Civil Veterinary Department Bengal reports 1923-33 - 1923-1933
Year: 1923
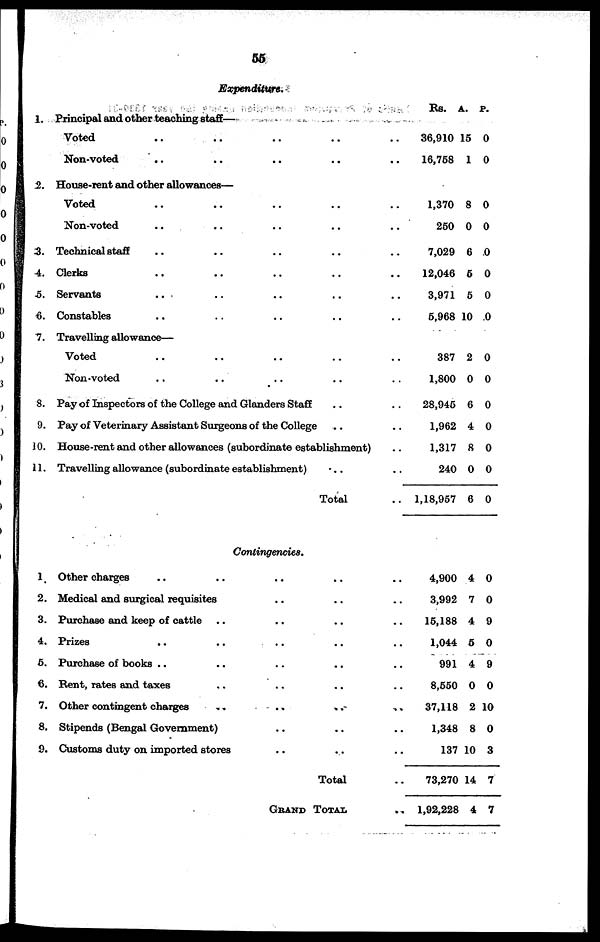
55
Expenditure.
1.
2.
3.
4.
5.
6.
7.
8.
9.
10.
11.
Principal and other teaching staff—
Voted .. .. .. .. ..
Non-voted .. .. .. .. ..
House-rent and other allowances—
Voted .. .. .. .. ..
Non-voted .. .. .. .. ..
Technical staff .. .. .. .. ..
Clerks .. .. .. .. ..
Servants .. .. .. .. ..
Constables .. .. .. .. ..
Travelling allowance—
Voted .. .. .. .. ..
Non voted .. .. .. .. .. ..
Pay of Inspectors of the College and Glanders Staff .. ..
Pay of Veterinary Assistant Surgeons of the College .. ..
House-rent and other allowances (subordinate establishment) ..
Travelling allowance (subordinate establishment)
.. ..
Total ..
Rs. a. p.
36,910 15 0
16,758 1 0
1,370 8 0
250 0 0
7,029 6 0
12,046 5 0
3,971 5 0
5,968 10 0
387 2 0
1,800 0 0
28,945 6 0
1,962 4 0
1,317 8 0
240 0 0
1,18,957 6 0
Contingencies.
1
2.
3.
4.
5.
6.
7.
8.
9.
Other charges
Medical and surgical requisites
Purchase and keep of cattle .. .. .. .. ..
Prizes
Purchase of books
Rent, rates and taxes .. .. .. ..
Other contingent charges
Stipends (Bengal Government)
Customs duty on imported stores
Total
GRAND TOTAL
4,900 4 0
3,992 7 0
15,188 4 9
1,044 5 0
991 4 9
8,550 0 0
37,118 2 10
1,348 8 0
137 10 3
73,270 14 7
1,92,228 4 7